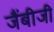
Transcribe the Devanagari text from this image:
जैंबीजी